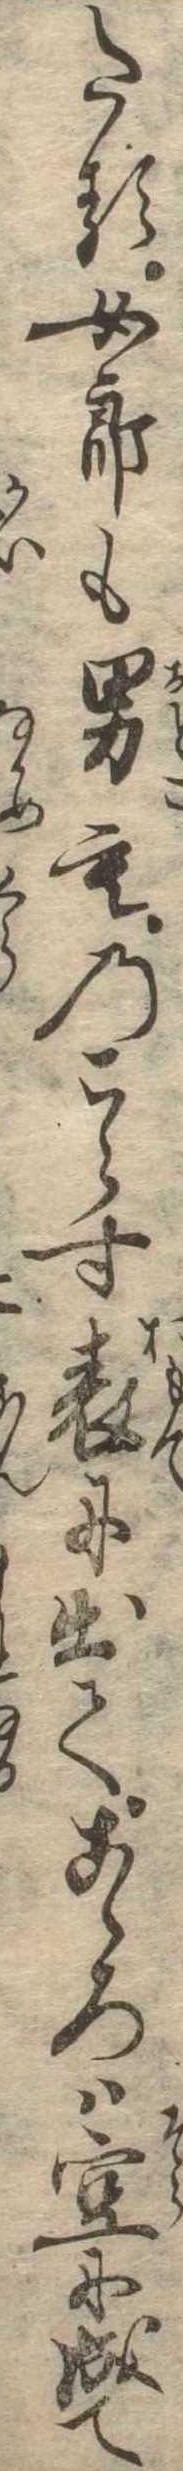
たる女郎も男ものこらす表に出てこゝろは空に成て